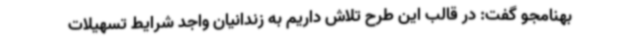
بهنامجو گفت: در قالب این طرح تلاش داریم به زندانیان واجد شرایط تسهیلات